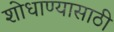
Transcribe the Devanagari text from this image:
शोधाण्यासाठी